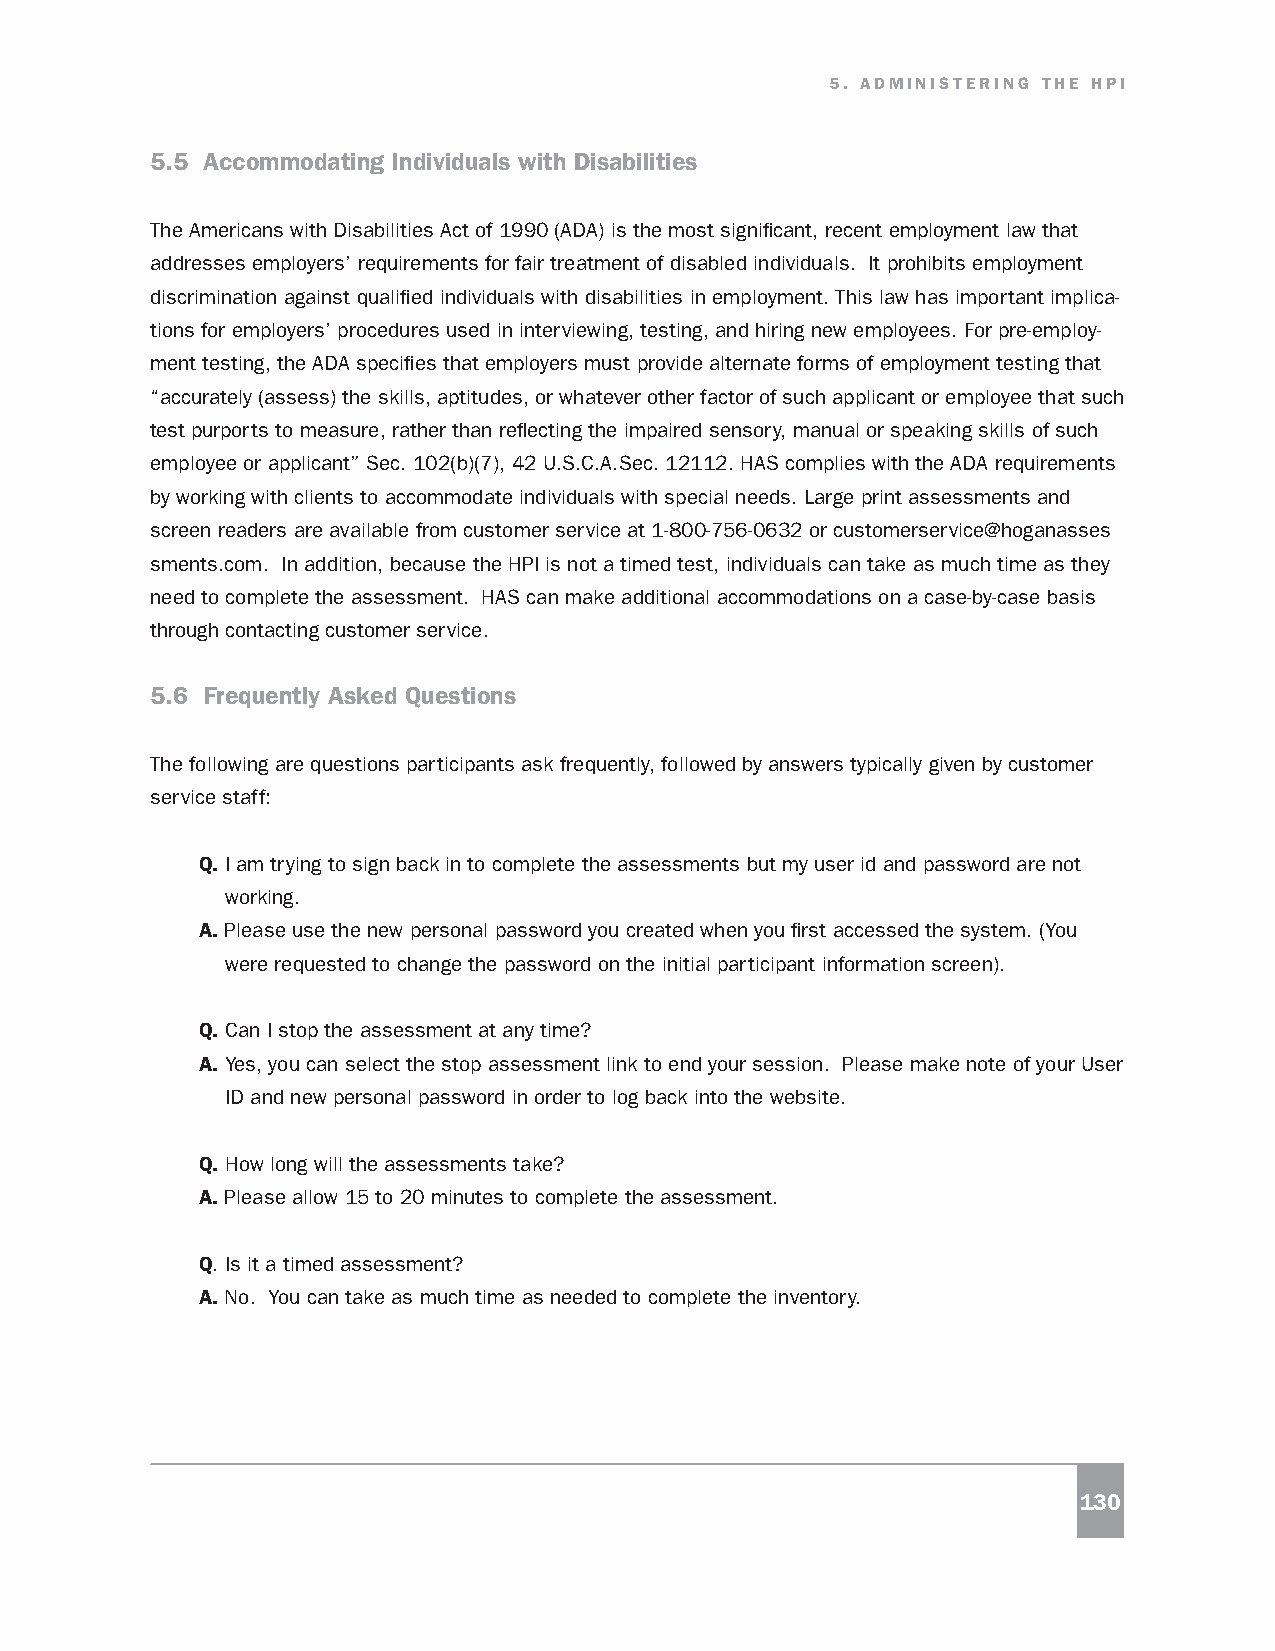
5. ADMINISTERING THE HPI
 5.5 Accommodating Individuals with Disabilities
 The Americans with Disabilities Act of 1990 (ADA) is the most significant, recent employment law that
 addresses employers’ requirements for fair treatment of disabled individuals. It prohibits employment
 discrimination against qualified individuals with disabilities in employment. This law has important implica-
 tions for employers’ procedures used in interviewing, testing, and hiring new employees. For pre-employ-
 ment testing, the ADA specifies that employers must provide alternate forms of employment testing that
 “accurately (assess) the skills, aptitudes, or whatever other factor of such applicant or employee that such
 test purports to measure, rather than reflecting the impaired sensory, manual or speaking skills of such
 employee or applicant” Sec. 102(b)(7), 42 U.S.C.A.Sec. 12112. HAS complies with the ADA requirements
 by working with clients to accommodate individuals with special needs. Large print assessments and
 screen readers are available from customer service at 1-800-756-0632 or customerservice@hoganasses
 sments.com. In addition, because the HPI is not a timed test, individuals can take as much time as they
 need to complete the assessment. HAS can make additional accommodations on a case-by-case basis
 through contacting customer service.
 5.6 Frequently Asked Questions
 The following are questions participants ask frequently, followed by answers typically given by customer
 service staff:
 Q. I am trying to sign back in to complete the assessments but my user id and password are not
 working.
 A. Please use the new personal password you created when you first accessed the system. (You
 were requested to change the password on the initial participant information screen).
 Q. Can I stop the assessment at any time?
 A. Yes, you can select the stop assessment link to end your session. Please make note of your User
 ID and new personal password in order to log back into the website.
 Q. How long will the assessments take?
 A. Please allow 15 to 20 minutes to complete the assessment.
 Q. Is it a timed assessment?
 A. No. You can take as much time as needed to complete the inventory.
 130